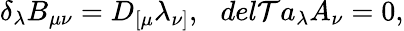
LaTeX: \delta_{\lambda}B_{\mu\nu}=D_{[\mu}\lambda_{\nu]},\ \ \, del\mathcal{T}a_{\lambda}A_{\nu}=0,